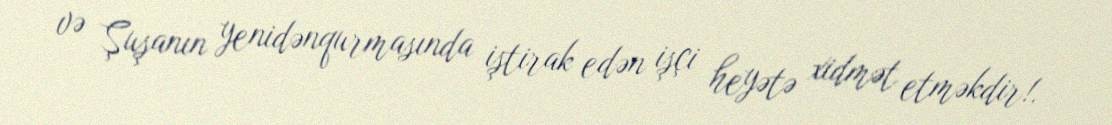
və Şuşanın yenidənqurmasında iştirak edən işçi heyətə xidmət etməkdir!.